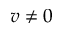
v \neq 0